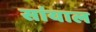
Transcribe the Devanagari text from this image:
सांयाल